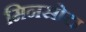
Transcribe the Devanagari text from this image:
मिनसोटा